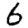
Digit: 6